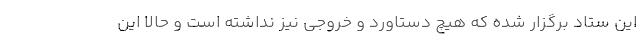
این ستاد برگزار شده که هیچ دستاورد و خروجی نیز نداشته است و حالا این